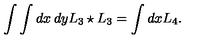
\int \int d x \: d y L _ { 3 } \star L _ { 3 } = \int d x L _ { 4 } .